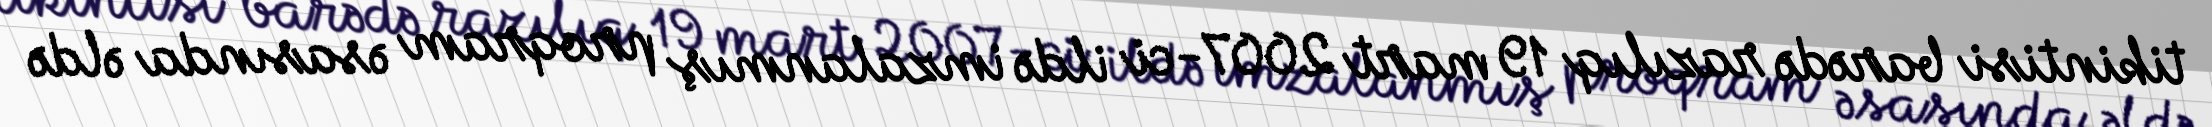
tikintisi barədə razılıq 19 mart 2007-ci ildə imzalanmış proqram əsasında əldə